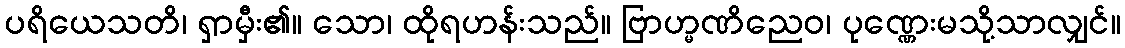
ပရိယေသတိ၊ ရှာမှီး၏။ သော၊ ထိုရဟန်းသည်။ ဗြာဟ္မဏိညေဝ၊ ပုဏ္ဏေးမသို့သာလျှင်။